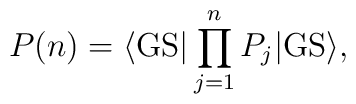
P(n) = \langle {\rm GS} | \prod^n_{j=1} P_j | {\rm GS} \rangle,